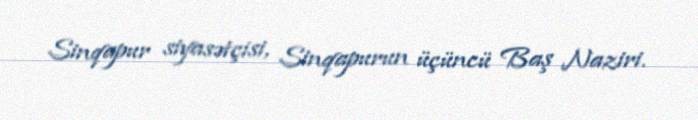
Sinqapur siyasətçisi, Sinqapurun üçüncü Baş Naziri.